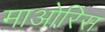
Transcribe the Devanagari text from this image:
माओरिस